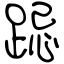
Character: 跽